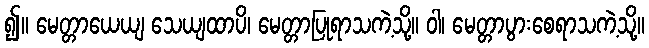
၍။ မေတ္တာယေယျ သေယျထာပိ၊ မေတ္တာပြုရာသကဲ့သို့။ ဝါ၊ မေတ္တာပွားစေရာသကဲ့သို့။